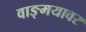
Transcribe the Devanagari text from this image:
वाङ्‍मयावर